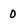
Character: 0